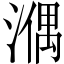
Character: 𣼱